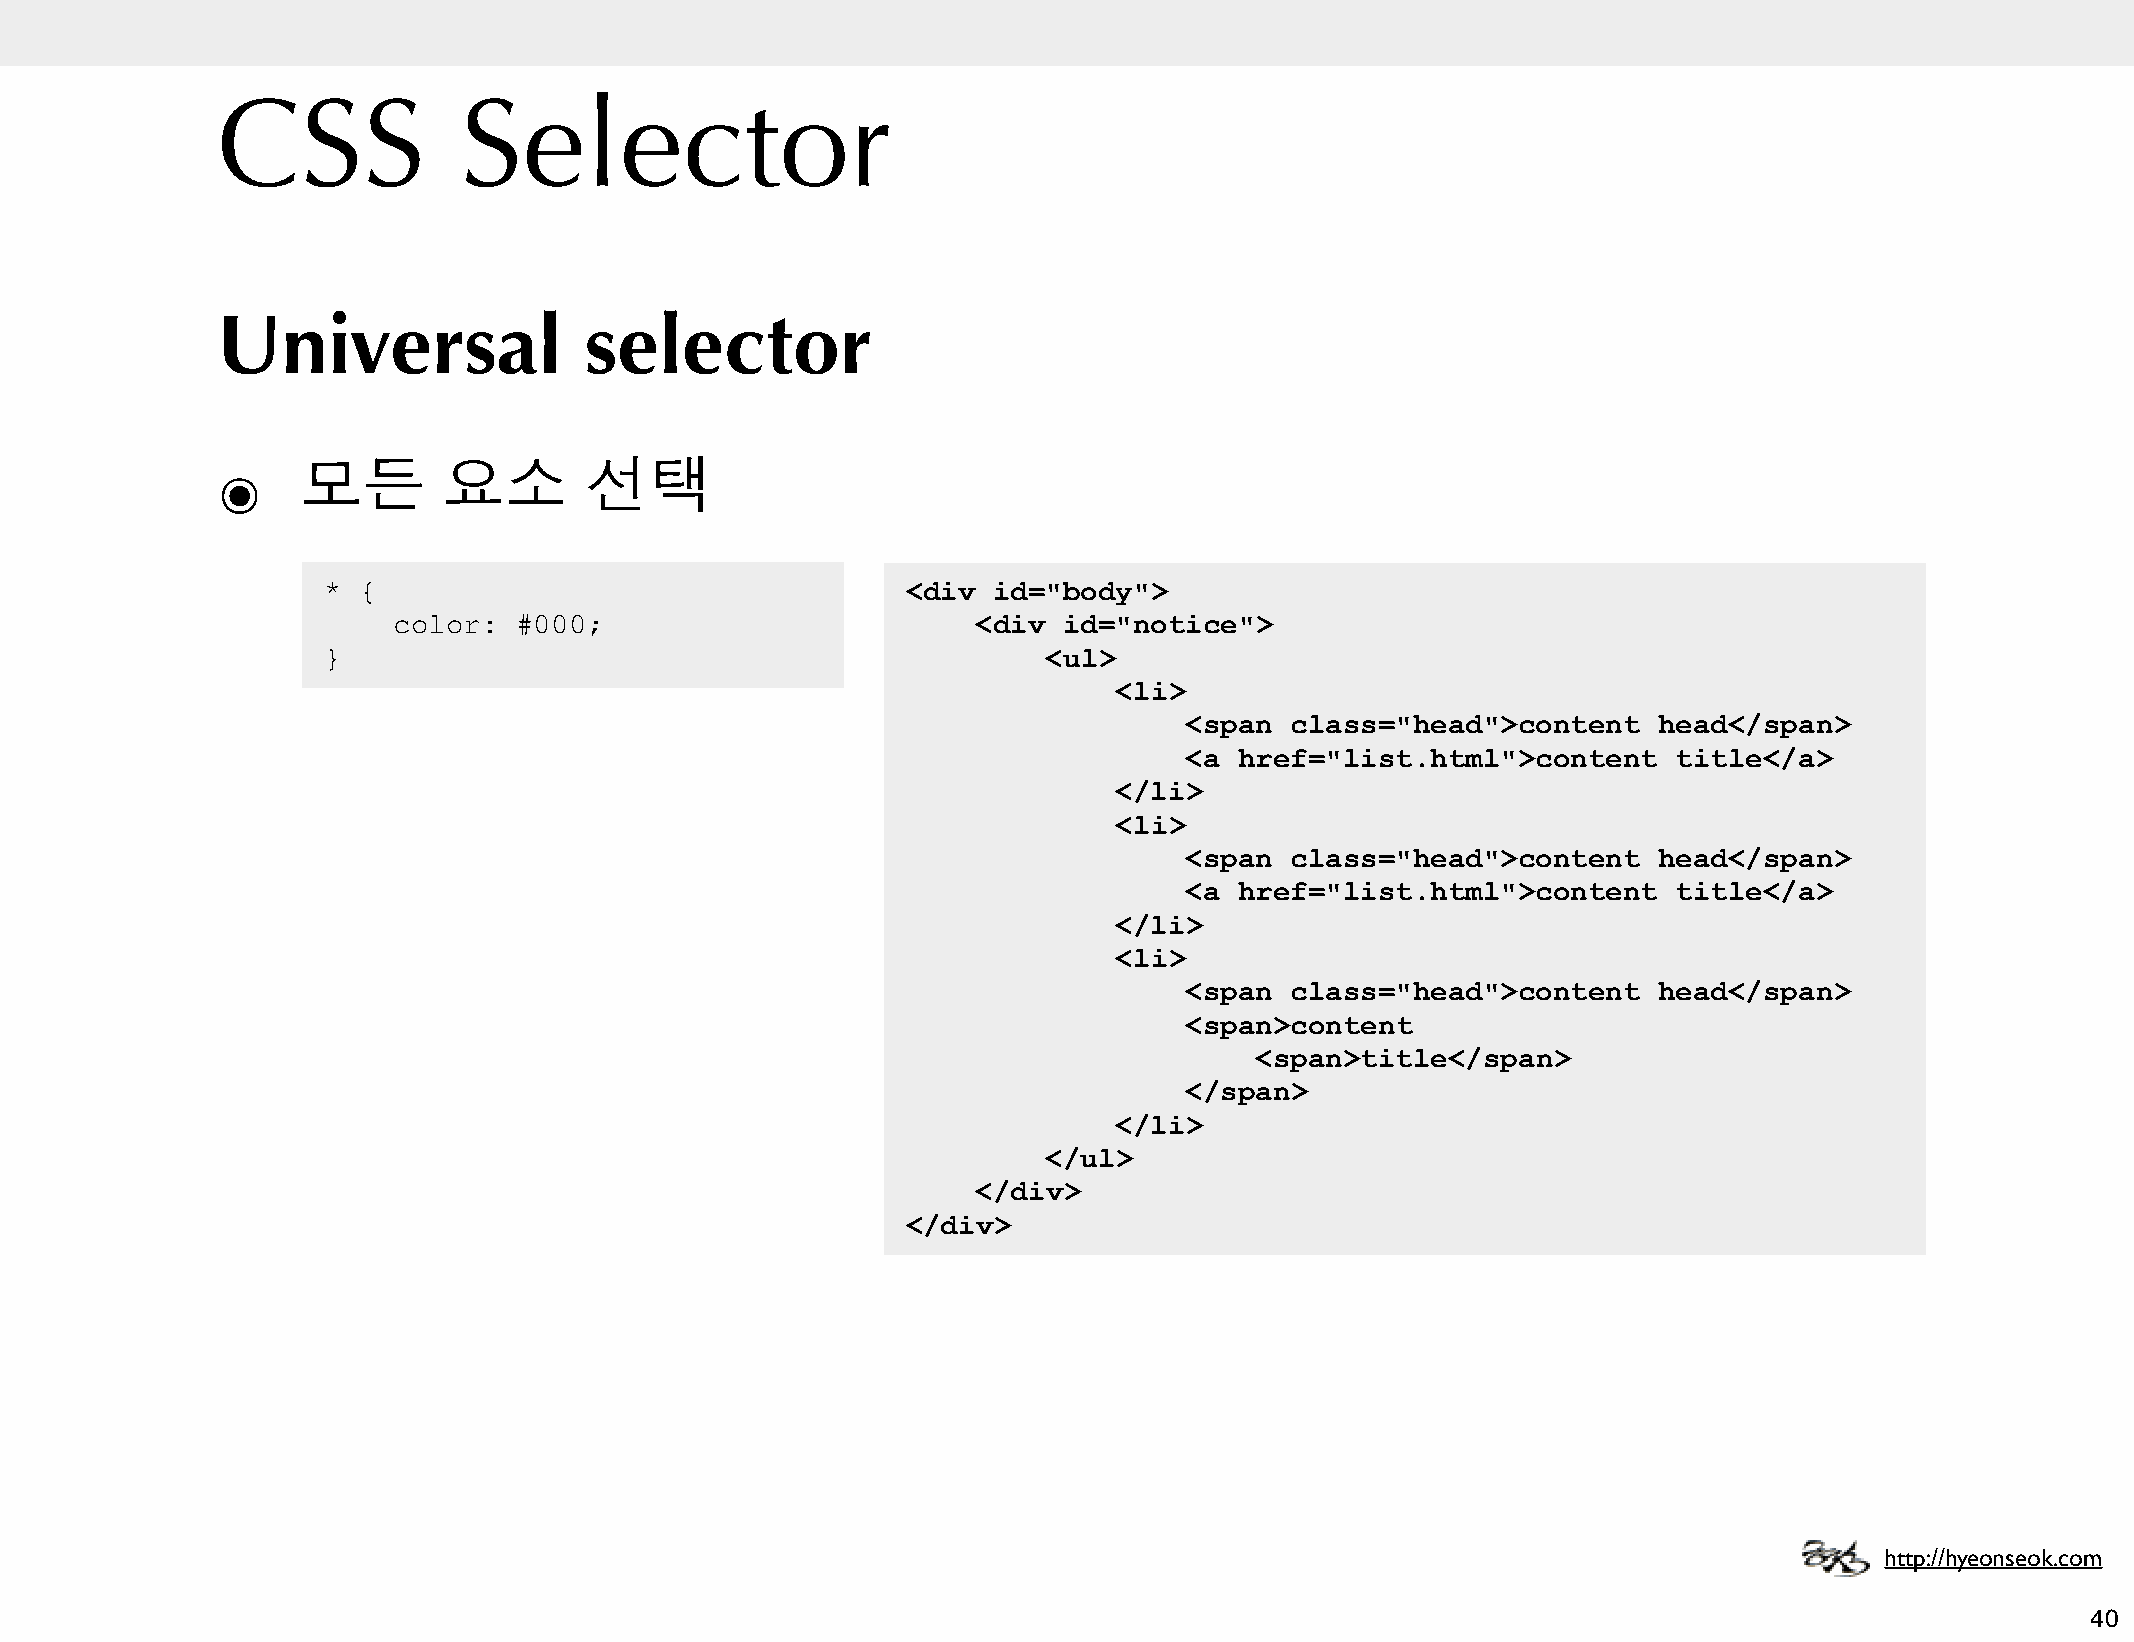
CSS             Selector
 Universal                selector
 ๏     모든       요소        선택
 *  {                                   <div  id="body">
 color:  #000;                          <div id="notice">
 }                                               <ul>
 <li>
 <span class="head">content     head</span>
 <a href="list.html">content     title</a>
 </li>
 <li>
 <span class="head">content     head</span>
 <a href="list.html">content     title</a>
 </li>
 <li>
 <span class="head">content     head</span>
 <span>content
 <span>title</span>
 </span>
 </li>
 </ul>
 </div>
 </div>
 http://hyeonseok.com
 40